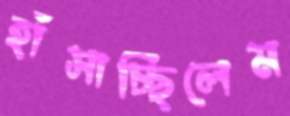
হাঁসাচ্ছিলেম